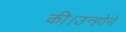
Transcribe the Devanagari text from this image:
की।उन्होने